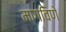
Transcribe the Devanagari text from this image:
मागविणे